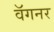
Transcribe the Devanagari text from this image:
वॅगनर